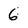
Character: 6